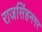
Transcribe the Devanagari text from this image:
राजसिंहनगर